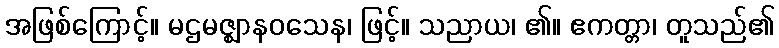
အဖြစ်ကြောင့်။ မဌမဇ္ဈာနဝသေန၊ ဖြင့်။ သညာယ၊ ၏။ ဧကတ္တာ၊ တူသည်၏